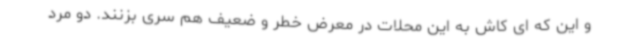
و این که ای کاش به این محلات در معرض خطر و ضعیف هم سری بزنند. دو مرد